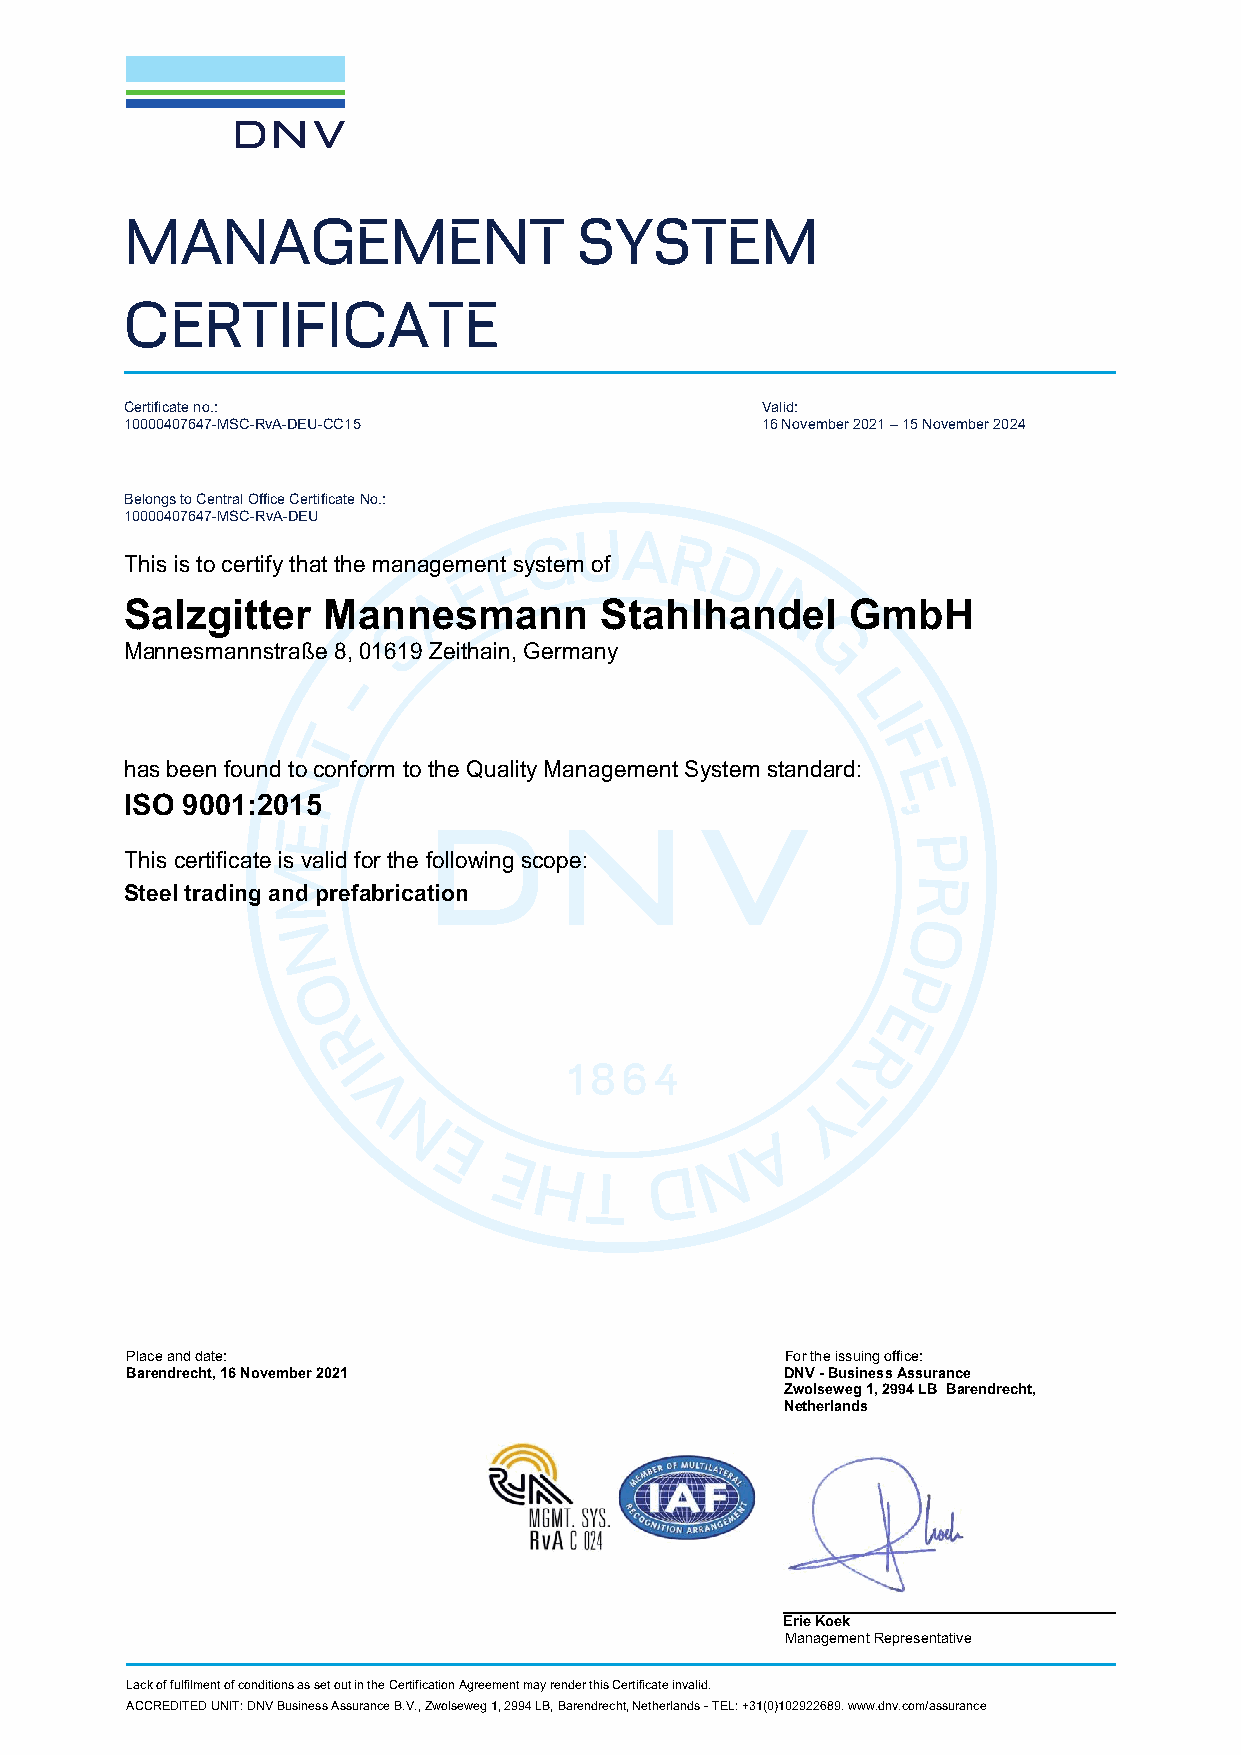
MANAGEMENT                    SYSTEM
 CERTIFICATE
 Certificate no.:                          Valid:
 10000407647-MSC-RvA-DEU-CC15              16 November 2021 – 15 November 2024
 Belongs to Central Office Certificate No.:
 10000407647-MSC-RvA-DEU
 This is to certify that the management system of
 Salzgitter   Mannesmann         Stahlhandel     GmbH
 Mannesmannstraße 8, 01619 Zeithain, Germany
 has been found to conform to the Quality Management System standard:
 ISO 9001:2015
 This certificate is valid for the following scope:
 Steel trading and prefabrication
 Place and date:                             For the issuing office:
 Barendrecht, 16 November 2021               DNV - Business Assurance
 Zwolseweg 1, 2994 LB Barendrecht,
 Netherlands
 Erie Koek
 Management Representative
 Lack of fulfilment of conditions as set out in the Certification Agreement may render this Certificate invalid.
 ACCREDITED UNIT: DNV Business Assurance B.V., Zwolseweg 1, 2994 LB, Barendrecht, Netherlands - TEL: +31(0)102922689. www.dnv.com/assurance